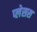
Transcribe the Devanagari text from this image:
प्लेसस